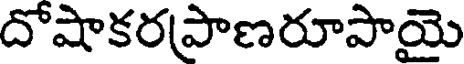
దోషాకరపాణరూపాయై